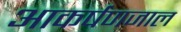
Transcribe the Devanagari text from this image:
आकर्षणजाल